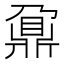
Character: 鼐